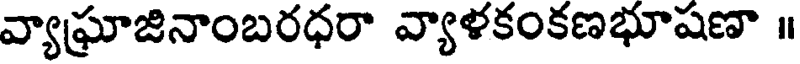
వ్యాఘ్రాజినాంబరధరా వ్యాళకంకణభూషణా ॥